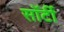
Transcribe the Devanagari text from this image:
साॅर्टी